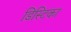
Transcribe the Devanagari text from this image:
डिस्टिका